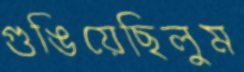
গুঙিয়েছিলুম